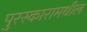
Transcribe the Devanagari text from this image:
पुरस्कारामधील